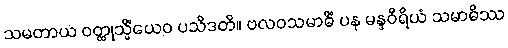
သမတာယ ဝတ္ထုသ္မိံယေဝ ပသီဒတိ။ ဗလဝသမာဓိံ ပန မန္ဒဝီရိယံ သမာဓိဿ